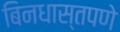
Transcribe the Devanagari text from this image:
बिनधास्तपणे